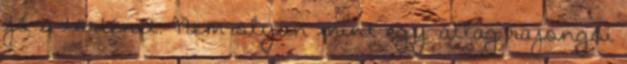
jó a történet. Nem olyan mint egy átlag rajongói